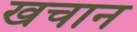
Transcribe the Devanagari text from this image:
खचान